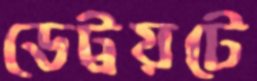
ডেট্রয়টে